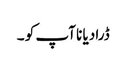
ڈرا دیا نا آپ کو ۔